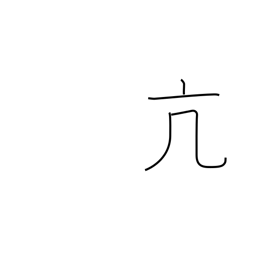
Meaning: high spirits